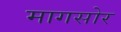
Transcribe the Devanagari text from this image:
मागसोर